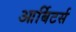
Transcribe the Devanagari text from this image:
आर्बिटर्स